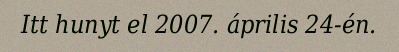
Itt hunyt el 2007. április 24-én.